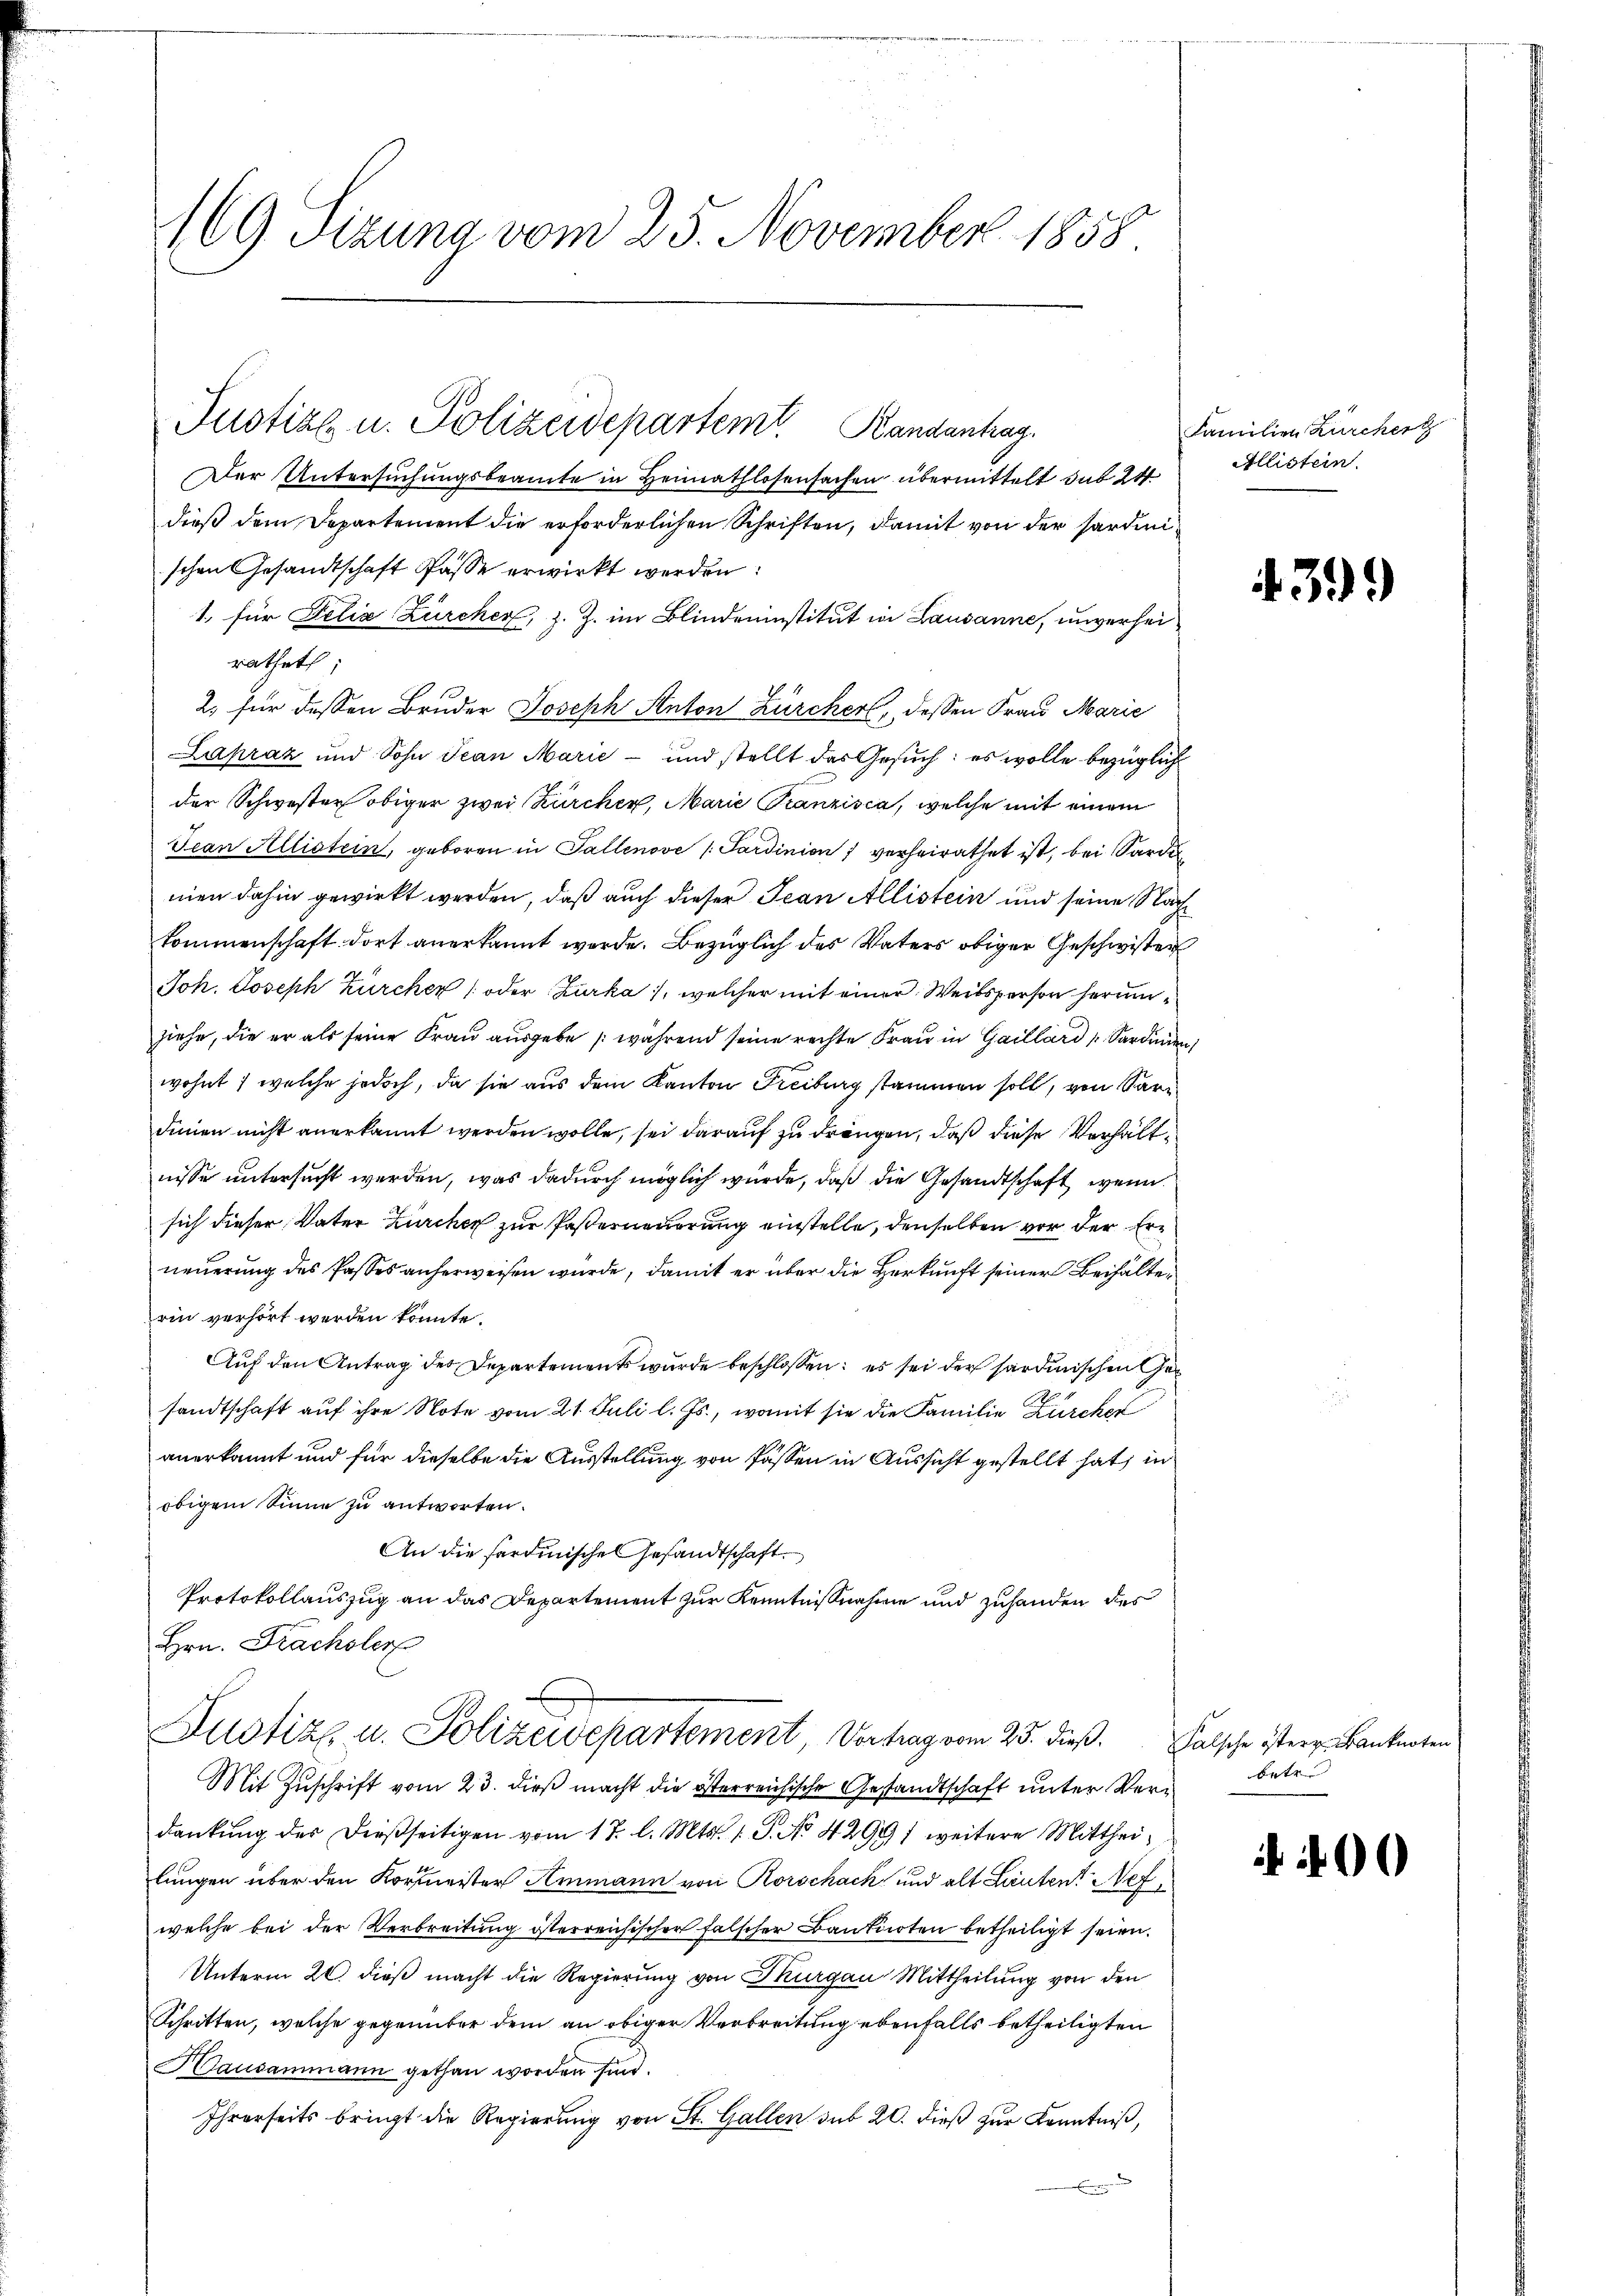
Der Untersuchungsbeamte in Heimathlosensachen übermittelt das 24
dieß dem Departement die erforderlichen Schriften, damit von der Sardinischen Gesandtschaft Pässe erwirkt werden:
1. für Felia Zürcher, z. Z. im Blindeninstitut in Lausanne, unverseirathet:
2. für dessen Bruder Joseph Anton Zürcher, dessen Frau Marie
Lapraz und Sohn Jean Marie - und stellt das Gesuch: es wolle bezüglich
der Schwester obiger zwei Zürcher, Marie Pranzisca, welche mit einem
Jean Allistein, geboren in Tallenove / Sardinien verheirathet ist, bei Sardi
men dahin gewirkt werden, daß auch dieser Jean Allistein und seine Nachkommenschaft dort anerkannt werde. Bezüglich des Vaters obiger Geschwister
Joh. Joseph Zürcher (oder Zurka 1, welcher mit einer Weibsperson herumziehe, die er als seine Frau ausgebe während seine rechte Frau in Gaillard Sardinien
wohnt, welche jedoch, da sie aus dem Kanton Freiburg stammen soll, von Saridinien nicht anerkannt werden wolle, sei darauf zu drängen, daß diese Verhältnisse untersucht werden, was dadurch möglich würde, daß die Gesandtschaft, wenn
sich dieser Vater Zürchen zur Posterneuerung einstelle, denselben vor der Erneuerung des Passes anherweisen würde, damit er über die Herkunft seiner Beihalterin verhört werden könnte.
Auf den Antrag des Departements wurde beschlossen: es sei der sardinischen Gesandtschaft auf ihre Note vom 21. Juli l. Js., womit sie die Familie Zürcher
anerkannt und für dieselbe die Ausstellung von Passen in Aussicht gestellt hat, in
obigem Sinne zu antworten.
An die sardinische Gesandtschaft.
Protokollauszug an das Departement zur Kenntnißnahme und zuhanden des
Hrn. Frachsler

169 Sizung vom 25. November 1858

Justiz u. Polizeidepartem Randantrag.

Justiz u. Polizeidepartement, Vortrag vom 25. dieß. Falsche istere Banknoten

Mit Zuschrift vom 23. dieß macht die österreichische Gestandtschaft unter Verdankŭng der dießseitigen vom 17. l. Mts. 1. J. No. 42991 weitere Mittheilungen über den Kornmeister Ammann von Rorschack und alt Lauten Nef
welche bei der Verbreitung österreichischer falscher Banknoten betheiligt seien.
Unterm 20. dieß macht die Regierung von Thurgau Mittheilung von den
Schritten, welche gegenüber dem an obiger Verbreitung ebenfalls betheiligten
Dausammann gethan worden sind.
Ihrerseits bringt die Regierung von St. Gallen sub 20. dieß zur Kenntniß,

Familien Zürcherg
Allistein.

4399

betr.